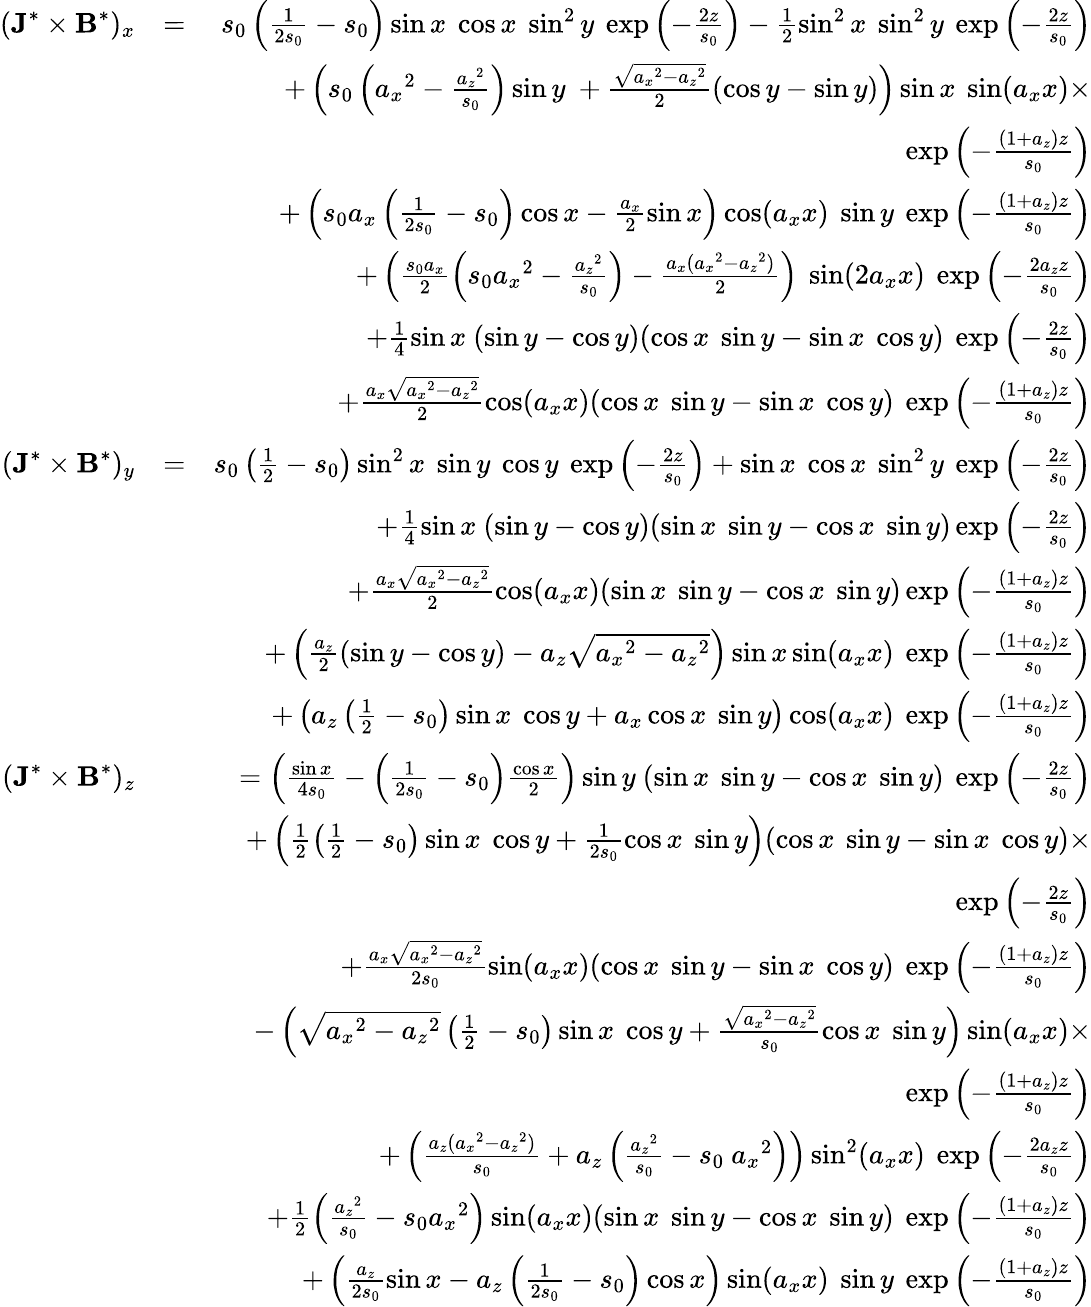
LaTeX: \begin{array}{rlr}{(\textbf{J}^{*}\times\textbf{B}^{*})_{x}}&{=}&{s_{0}\left(\frac{1}{2s_{0}}-s_{0}\right)\sin x~\cos x~\sin^{2}y~\exp\left(-\frac{2z}{s_{0}}\right)-\frac{1}{2}\sin^{2}x~\sin^{2}y~\exp\left(-\frac{2z}{s_{0}}\right)}\\ &{}&{+\left(s_{0}\left({a_{x}}^{2}-\frac{{a_{z}}^{2}}{s_{0}}\right)\sin y~+\frac{\sqrt{{a_{x}}^{2}-{a_{z}}^{2}}}{2}(\cos y-\sin y)\right)\sin x~\sin(a_{x}x)\times}\\ &{}&{\exp\left(-\frac{(1+a_{z})z}{s_{0}}\right)}\\ &{}&{+\left(s_{0}a_{x}\left(\frac{1}{2s_{0}}-s_{0}\right)\cos x-\frac{a_{x}}{2}\sin x\right)\cos(a_{x}x)~\sin y~\exp\left(-\frac{(1+a_{z})z}{s_{0}}\right)}\\ &{}&{+\left(\frac{s_{0}a_{x}}{2}\left(s_{0}{a_{x}}^{2}-\frac{{a_{z}}^{2}}{s_{0}}\right)-\frac{a_{x}({a_{x}}^{2}-{a_{z}}^{2})}{2}\right)~\sin(2a_{x}x)~\exp\left(-\frac{2a_{z}z}{s_{0}}\right)}\\ &{}&{+\frac{1}{4}\sin x~(\sin y-\cos y)(\cos x~\sin y-\sin x~\cos y)~\exp\left(-\frac{2z}{s_{0}}\right)}\\ &{}&{+\frac{a_{x}\sqrt{{a_{x}}^{2}-{a_{z}}^{2}}}{2}\cos(a_{x}x)(\cos x~\sin y-\sin x~\cos y)~\exp\left(-\frac{(1+a_{z})z}{s_{0}}\right)}\\ {(\textbf{J}^{*}\times\textbf{B}^{*})_{y}}&{=}&{s_{0}\left(\frac{1}{2}-s_{0}\right)\sin^{2}x~\sin y~\cos y~\exp\left(-\frac{2z}{s_{0}}\right)+\sin x~\cos x~\sin^{2}y~\exp\left(-\frac{2z}{s_{0}}\right)}\\ &{}&{+\frac{1}{4}\sin x~(\sin y-\cos y)(\sin x~\sin y-\cos x~\sin y)\exp\left(-\frac{2z}{s_{0}}\right)}\\ &{}&{+\frac{a_{x}\sqrt{{a_{x}}^{2}-{a_{z}}^{2}}}{2}\cos(a_{x}x)(\sin x~\sin y-\cos x~\sin y)\exp\left(-\frac{(1+a_{z})z}{s_{0}}\right)}\\ &{}&{+\left(\frac{a_{z}}{2}(\sin y-\cos y)-a_{z}\sqrt{{a_{x}}^{2}-{a_{z}}^{2}}\right)\sin x\sin(a_{x}x)~\exp\left(-\frac{(1+a_{z})z}{s_{0}}\right)}\\ &{}&{+\left(a_{z}\left(\frac{1}{2}-s_{0}\right)\sin x~\cos y+a_{x}\cos x~\sin y\right)\cos(a_{x}x)~\exp\left(-\frac{(1+a_{z})z}{s_{0}}\right)}\\ {(\textbf{J}^{*}\times\textbf{B}^{*})_{z}}&{}&{=\left(\frac{\sin x}{4s_{0}}-\left(\frac{1}{2s_{0}}-s_{0}\right)\frac{\cos x}{2}\right)\sin y~(\sin x~\sin y-\cos x~\sin y)~\exp\left(-\frac{2z}{s_{0}}\right)}\\ &{}&{+\left(\frac{1}{2}\left(\frac{1}{2}-s_{0}\right)\sin x~\cos y+\frac{1}{2s_{0}}\cos x~\sin y\right)(\cos x~\sin y-\sin x~\cos y)\times}\\ &{}&{\exp\left(-\frac{2z}{s_{0}}\right)}\\ &{}&{+\frac{a_{x}\sqrt{{a_{x}}^{2}-{a_{z}}^{2}}}{2s_{0}}\sin(a_{x}x)(\cos x~\sin y-\sin x~\cos y)~\exp\left(-\frac{(1+a_{z})z}{s_{0}}\right)}\\ &{}&{-\left(\sqrt{{a_{x}}^{2}-{a_{z}}^{2}}\left(\frac{1}{2}-s_{0}\right)\sin x~\cos y+\frac{\sqrt{{a_{x}}^{2}-{a_{z}}^{2}}}{s_{0}}\cos x~\sin y\right)\sin(a_{x}x)\times}\\ &{}&{\exp\left(-\frac{(1+a_{z})z}{s_{0}}\right)}\\ &{}&{+\left(\frac{a_{z}({a_{x}}^{2}-{a_{z}}^{2})}{s_{0}}+a_{z}\left(\frac{{a_{z}}^{2}}{s_{0}}-s_{0}~{a_{x}}^{2}\right)\right)\sin^{2}(a_{x}x)~\exp\left(-\frac{2a_{z}z}{s_{0}}\right)}\\ &{}&{+\frac{1}{2}\left(\frac{{a_{z}}^{2}}{s_{0}}-s_{0}{a_{x}}^{2}\right)\sin(a_{x}x)(\sin x~\sin y-\cos x~\sin y)~\exp\left(-\frac{(1+a_{z})z}{s_{0}}\right)}\\ &{}&{+\left(\frac{a_{z}}{2s_{0}}\sin x-a_{z}\left(\frac{1}{2s_{0}}-s_{0}\right)\cos x\right)\sin(a_{x}x)~\sin y~\exp\left(-\frac{(1+a_{z})z}{s_{0}}\right)}\end{array}